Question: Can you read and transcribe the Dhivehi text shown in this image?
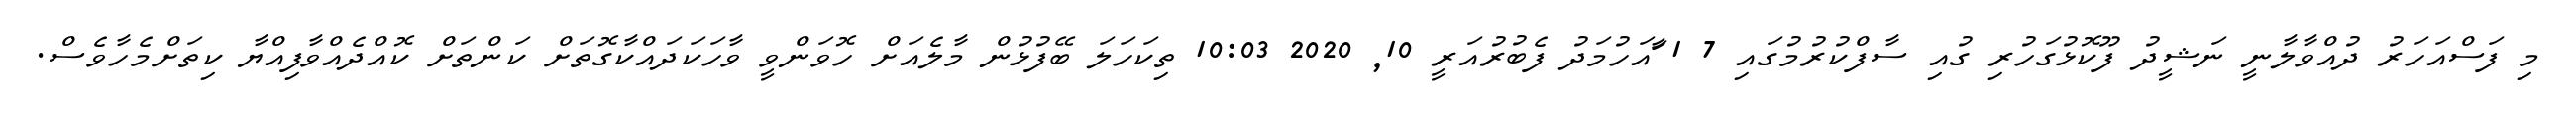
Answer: މި ފަސްއަހަރު ދުއްވާލާނީ ނަޝީދު ފޫކޮޅުގަހުރި ގުއި ސާފްކުރުމުގައި 7 1 ާައަހުމަދު ފެބުރުއަރީ 10, 2020 10:03 ތިކަހަލަ ބޭފުޅުން މާލެއަށް ހޮވަންވީ ވާހަކަދައްކާގޮތަށް ކަންތަށް ކޮއްދެއްވާފިއްޔާ ކިތަށްމެހާވެސް.